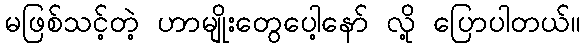
မဖြစ်သင့်တဲ့ ဟာမျိုးတွေပေါ့နော် လို့ ပြောပါတယ်။